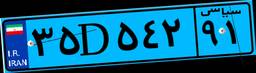
۳۵D۵۴۲۹۱